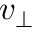
v _ { \perp }